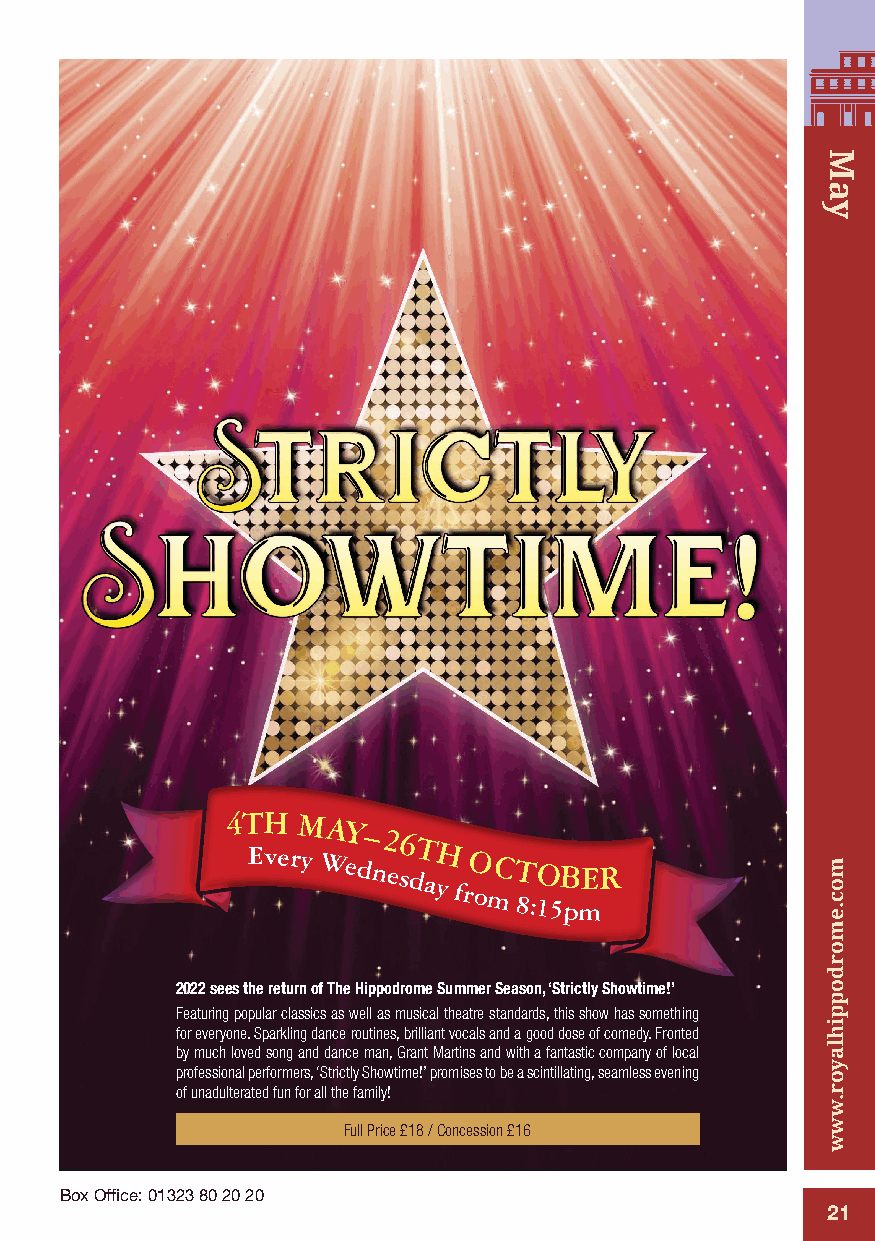
4T EH
 ve
 rM
 y
 WAY
 ed – n 2 es6 dT ayH
 f
 rO omC T 8:1O 5B pmER
 2022 sees the return of The Hippodrome Summer Season, ‘Strictly Showtime!’
 Featuring popular classics as well as musical theatre standards, this show has something
 for everyone. Sparkling dance routines, brilliant vocals and a good dose of comedy. Fronted
 by much loved song and dance man, Grant Martins and with a fantastic company of local
 professional performers, ‘Strictly Showtime!’ promises to be a scintillating, seamless evening
 of unadulterated fun for all the family!
 Full Price £18 / Concession £16
 Box Office: 01323 80 20 20
 21
 May
 moc.emordoppihlayor.www